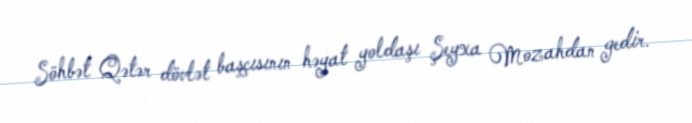
Söhbət Qətər dövlət başçısının həyat yoldaşı Şeyxa Mozahdan gedir.